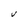
Character: v